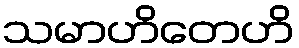
သမာဟိတေဟိ